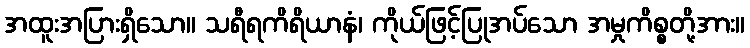
အထူးအပြားရှိသော။ သရီရကိရိယာနံ၊ ကိုယ်ဖြင့်ပြုအပ်သော အမှုကိစ္စတို့အား။